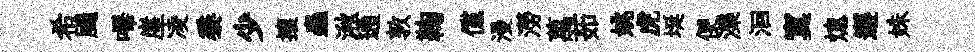
希颺嗶崖凌黍少攘蟲湫通敦鞠儻漫澇萬茹姚虎埏便濼洄寞熄邂姝